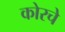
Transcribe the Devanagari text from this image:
कोरचे